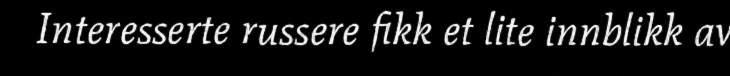
Interesserte russere fikk et lite innblikk av